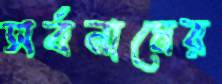
সর্বনামের